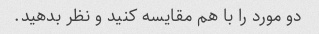
دو مورد را با هم مقایسه کنید و نظر بدهید.